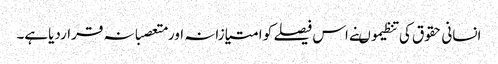
انسانی حقوق کی تنظیموںنے اس فیصلے کو امتیازانہ اورمتعصبانہ قراردیاہے۔